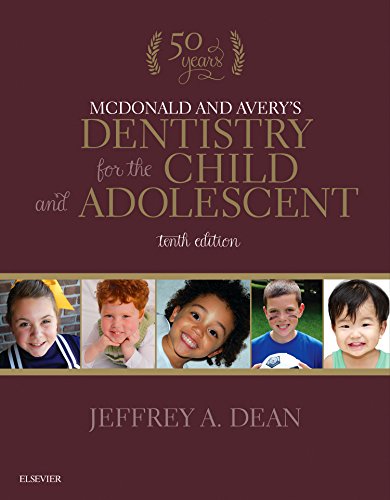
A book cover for McDonald and Avery's Dentistry for the Child and Adolescent, 10e; Jeffrey A. Dean DDS  MSD; Medical Books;